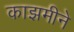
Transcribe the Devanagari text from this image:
काझमीने